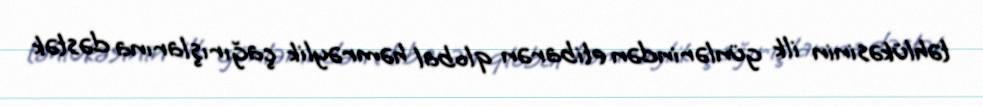
təhlükəsinin ilk günlərindən etibarən qlobal həmrəylik çağırışlarına dəstək